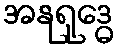
အနုရုဒ္ဓေ